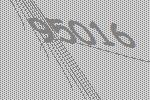
95016